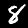
Label: 8